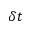
\delta t